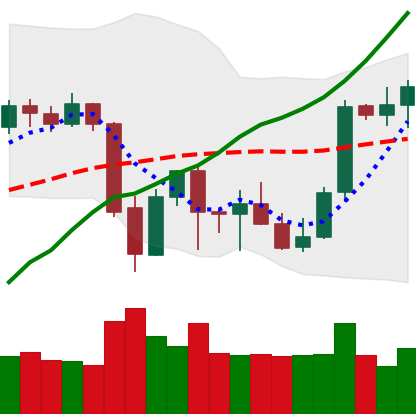
Ticker: BTC-USD
Chart end date: 2021-10-04
Forward return: 11.922%
Label: up_7plus